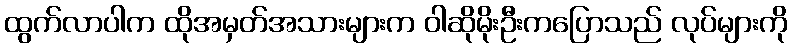
ထွက်လာပါက ထိုအမှတ်အသားများက ဝါဆိုမိုးဦးကပြောသည် လုပ်များကို